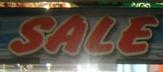
sale